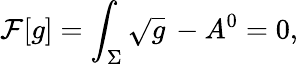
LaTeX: {\cal F}[g]=\int_{\Sigma}\sqrt{g}\, -A^{0}=0,